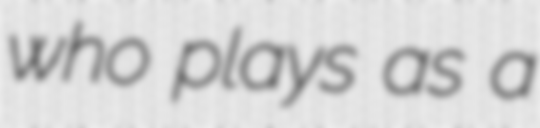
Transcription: who plays as a